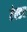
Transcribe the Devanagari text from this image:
ऐल्डर